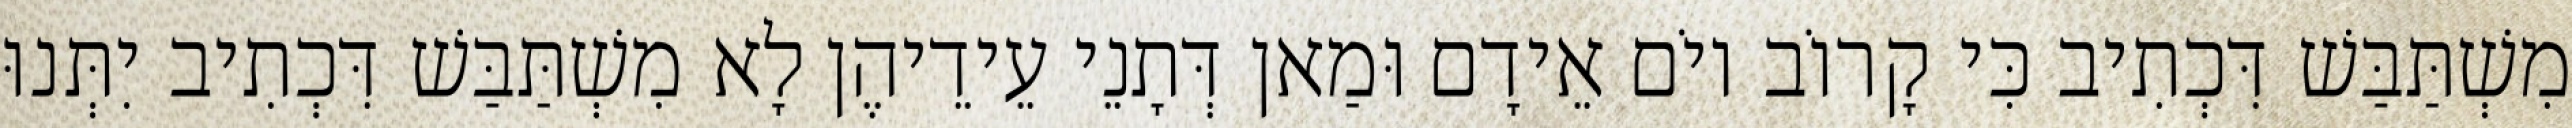
מִשְׁתַּבַּשׁ דִּכְתִיב כִּי קָרוֹב יוֹם אֵידָם וּמַאן דְּתָנֵי עֵידֵיהֶן לָא מִשְׁתַּבַּשׁ דִּכְתִיב יִתְּנוּ